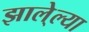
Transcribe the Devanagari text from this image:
झाले्ल्या